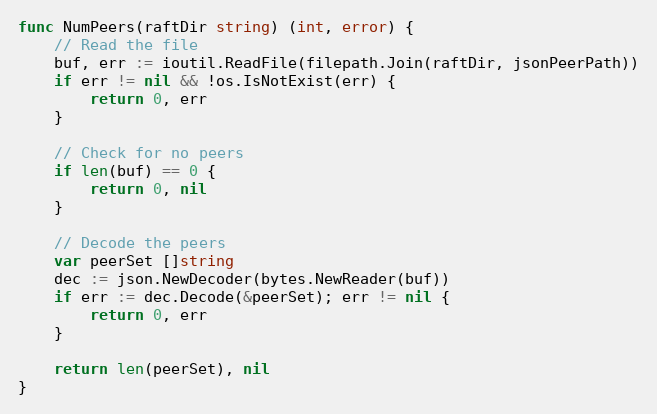
Language: Go
func NumPeers(raftDir string) (int, error) {
	// Read the file
	buf, err := ioutil.ReadFile(filepath.Join(raftDir, jsonPeerPath))
	if err != nil && !os.IsNotExist(err) {
		return 0, err
	}

	// Check for no peers
	if len(buf) == 0 {
		return 0, nil
	}

	// Decode the peers
	var peerSet []string
	dec := json.NewDecoder(bytes.NewReader(buf))
	if err := dec.Decode(&peerSet); err != nil {
		return 0, err
	}

	return len(peerSet), nil
}